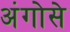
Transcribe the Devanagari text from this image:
अंगोसे